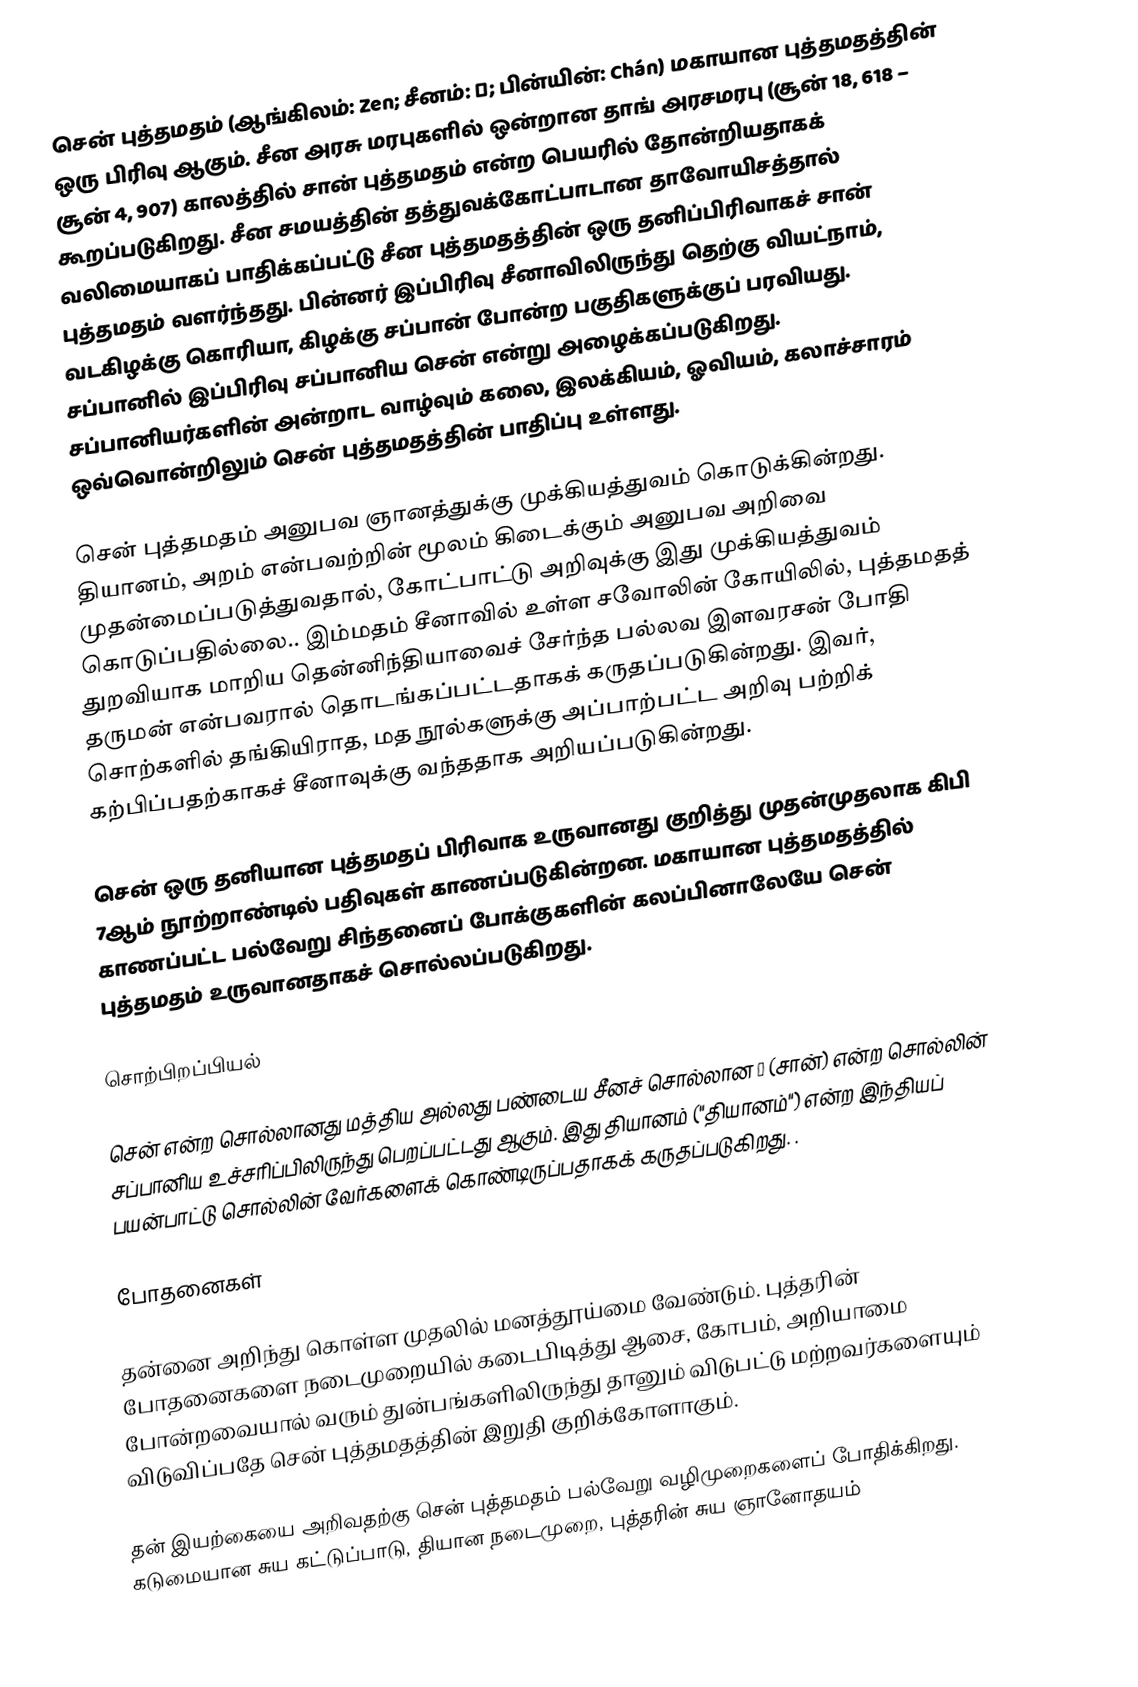
சென் புத்தமதம் (ஆங்கிலம்: Zen; சீனம்: 禪; பின்யின்: Chán) மகாயான புத்தமதத்தின் ஒரு பிரிவு ஆகும். சீன அரசு மரபுகளில் ஒன்றான தாங் அரசமரபு (சூன் 18, 618 – சூன் 4, 907) காலத்தில் சான் புத்தமதம் என்ற பெயரில் தோன்றியதாகக் கூறப்படுகிறது. சீன சமயத்தின் தத்துவக்கோட்பாடான தாவோயிசத்தால் வலிமையாகப் பாதிக்கப்பட்டு  சீன புத்தமதத்தின் ஒரு தனிப்பிரிவாகச் சான் புத்தமதம் வளர்ந்தது. பின்னர் இப்பிரிவு சீனாவிலிருந்து தெற்கு வியட்நாம், வடகிழக்கு கொரியா, கிழக்கு சப்பான் போன்ற பகுதிகளுக்குப் பரவியது. சப்பானில் இப்பிரிவு சப்பானிய சென் என்று அழைக்கப்படுகிறது. சப்பானியர்களின் அன்றாட வாழ்வும் கலை, இலக்கியம், ஓவியம், கலாச்சாரம் ஒவ்வொன்றிலும் சென் புத்தமதத்தின் பாதிப்பு உள்ளது.

சென் புத்தமதம் அனுபவ ஞானத்துக்கு முக்கியத்துவம் கொடுக்கின்றது. தியானம், அறம் என்பவற்றின் மூலம் கிடைக்கும் அனுபவ அறிவை முதன்மைப்படுத்துவதால், கோட்பாட்டு அறிவுக்கு இது முக்கியத்துவம் கொடுப்பதில்லை.. இம்மதம் சீனாவில் உள்ள சவோலின் கோயிலில், புத்தமதத் துறவியாக மாறிய தென்னிந்தியாவைச் சேர்ந்த பல்லவ இளவரசன் போதி தருமன் என்பவரால் தொடங்கப்பட்டதாகக் கருதப்படுகின்றது. இவர், சொற்களில் தங்கியிராத, மத நூல்களுக்கு அப்பாற்பட்ட அறிவு பற்றிக் கற்பிப்பதற்காகச் சீனாவுக்கு வந்ததாக அறியப்படுகின்றது.

சென் ஒரு தனியான புத்தமதப் பிரிவாக உருவானது குறித்து முதன்முதலாக கிபி 7ஆம் நூற்றாண்டில் பதிவுகள் காணப்படுகின்றன. மகாயான புத்தமதத்தில் காணப்பட்ட பல்வேறு சிந்தனைப் போக்குகளின் கலப்பினாலேயே சென் புத்தமதம் உருவானதாகச் சொல்லப்படுகிறது.

சொற்பிறப்பியல்

சென் என்ற சொல்லானது மத்திய அல்லது பண்டைய சீனச் சொல்லான 禪 (சான்) என்ற சொல்லின் சப்பானிய உச்சரிப்பிலிருந்து பெறப்பட்டது ஆகும். இது தியானம் ("தியானம்") என்ற இந்தியப் பயன்பாட்டு சொல்லின் வேர்களைக் கொண்டிருப்பதாகக் கருதப்படுகிறது. .

போதனைகள்

தன்னை அறிந்து கொள்ள முதலில் மனத்தூய்மை வேண்டும். புத்தரின் போதனைகளை நடைமுறையில் கடைபிடித்து ஆசை, கோபம், அறியாமை போன்றவையால் வரும் துன்பங்களிலிருந்து தானும் விடுபட்டு மற்றவர்களையும் விடுவிப்பதே சென் புத்தமதத்தின் இறுதி குறிக்கோளாகும்.

தன் இயற்கையை அறிவதற்கு சென் புத்தமதம் பல்வேறு வழிமுறைகளைப் போதிக்கிறது. கடுமையான சுய கட்டுப்பாடு, தியான நடைமுறை, புத்தரின் சுய ஞானோதயம்